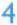
4